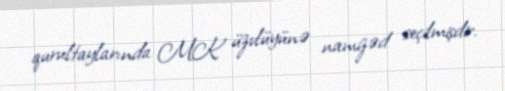
qurultaylarında MK üzvlüyünə namizəd seçilmişdir.